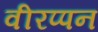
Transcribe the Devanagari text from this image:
वीरप्पन